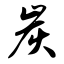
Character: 炭